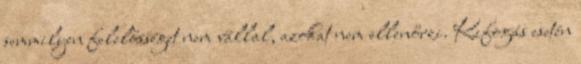
semmilyen felelősséget nem vállal, azokat nem ellenőrzi. Kifogás esetén